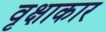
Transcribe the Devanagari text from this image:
वृक्षाकार